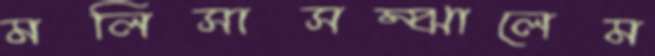
মলিসাসম্‌ঝালেম